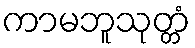
ကာမဘူသုတ္တံ